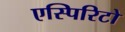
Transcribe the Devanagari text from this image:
एस्पिरिटो